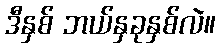
ဒီနှစ် ဘယ်နှခုနှစ်လဲ။